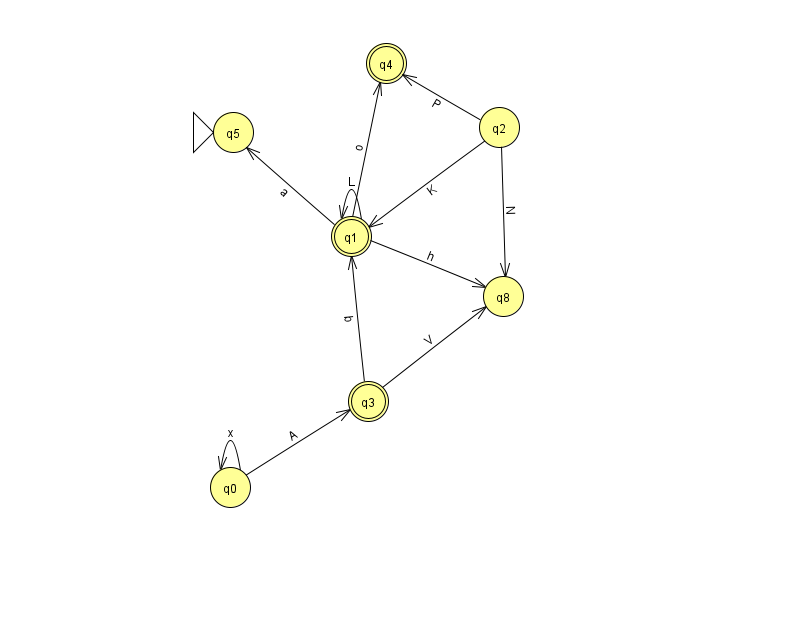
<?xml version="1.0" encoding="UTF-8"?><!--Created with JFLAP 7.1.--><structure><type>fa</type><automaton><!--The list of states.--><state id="0" name="q0"><x>230.0</x><y>474.0</y></state><state id="1" name="q1"><x>351.0</x><y>223.0</y><final/></state><state id="2" name="q2"><x>499.0</x><y>114.0</y></state><state id="3" name="q3"><x>368.0</x><y>388.0</y><final/></state><state id="4" name="q4"><x>386.0</x><y>50.0</y><final/></state><state id="5" name="q5"><x>233.0</x><y>119.0</y><initial/></state><state id="8" name="q8"><x>503.0</x><y>283.0</y></state><!--The list of transitions.--><transition><from>1</from><to>8</to><read>h</read></transition><transition><from>0</from><to>3</to><read>A</read></transition><transition><from>2</from><to>8</to><read>N</read></transition><transition><from>1</from><to>5</to><read>a</read></transition><transition><from>2</from><to>4</to><read>P</read></transition><transition><from>3</from><to>1</to><read>b</read></transition><transition><from>0</from><to>0</to><read>x</read></transition><transition><from>3</from><to>8</to><read>V</read></transition><transition><from>1</from><to>1</to><read>L</read></transition><transition><from>1</from><to>4</to><read>o</read></transition><transition><from>2</from><to>1</to><read>K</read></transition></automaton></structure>